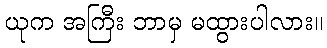
ယုက အကြီး ဘာမှ မထွားပါလား။